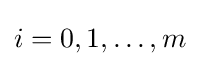
i=0,1,\dots ,m